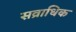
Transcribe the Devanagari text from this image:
सव्राधिक